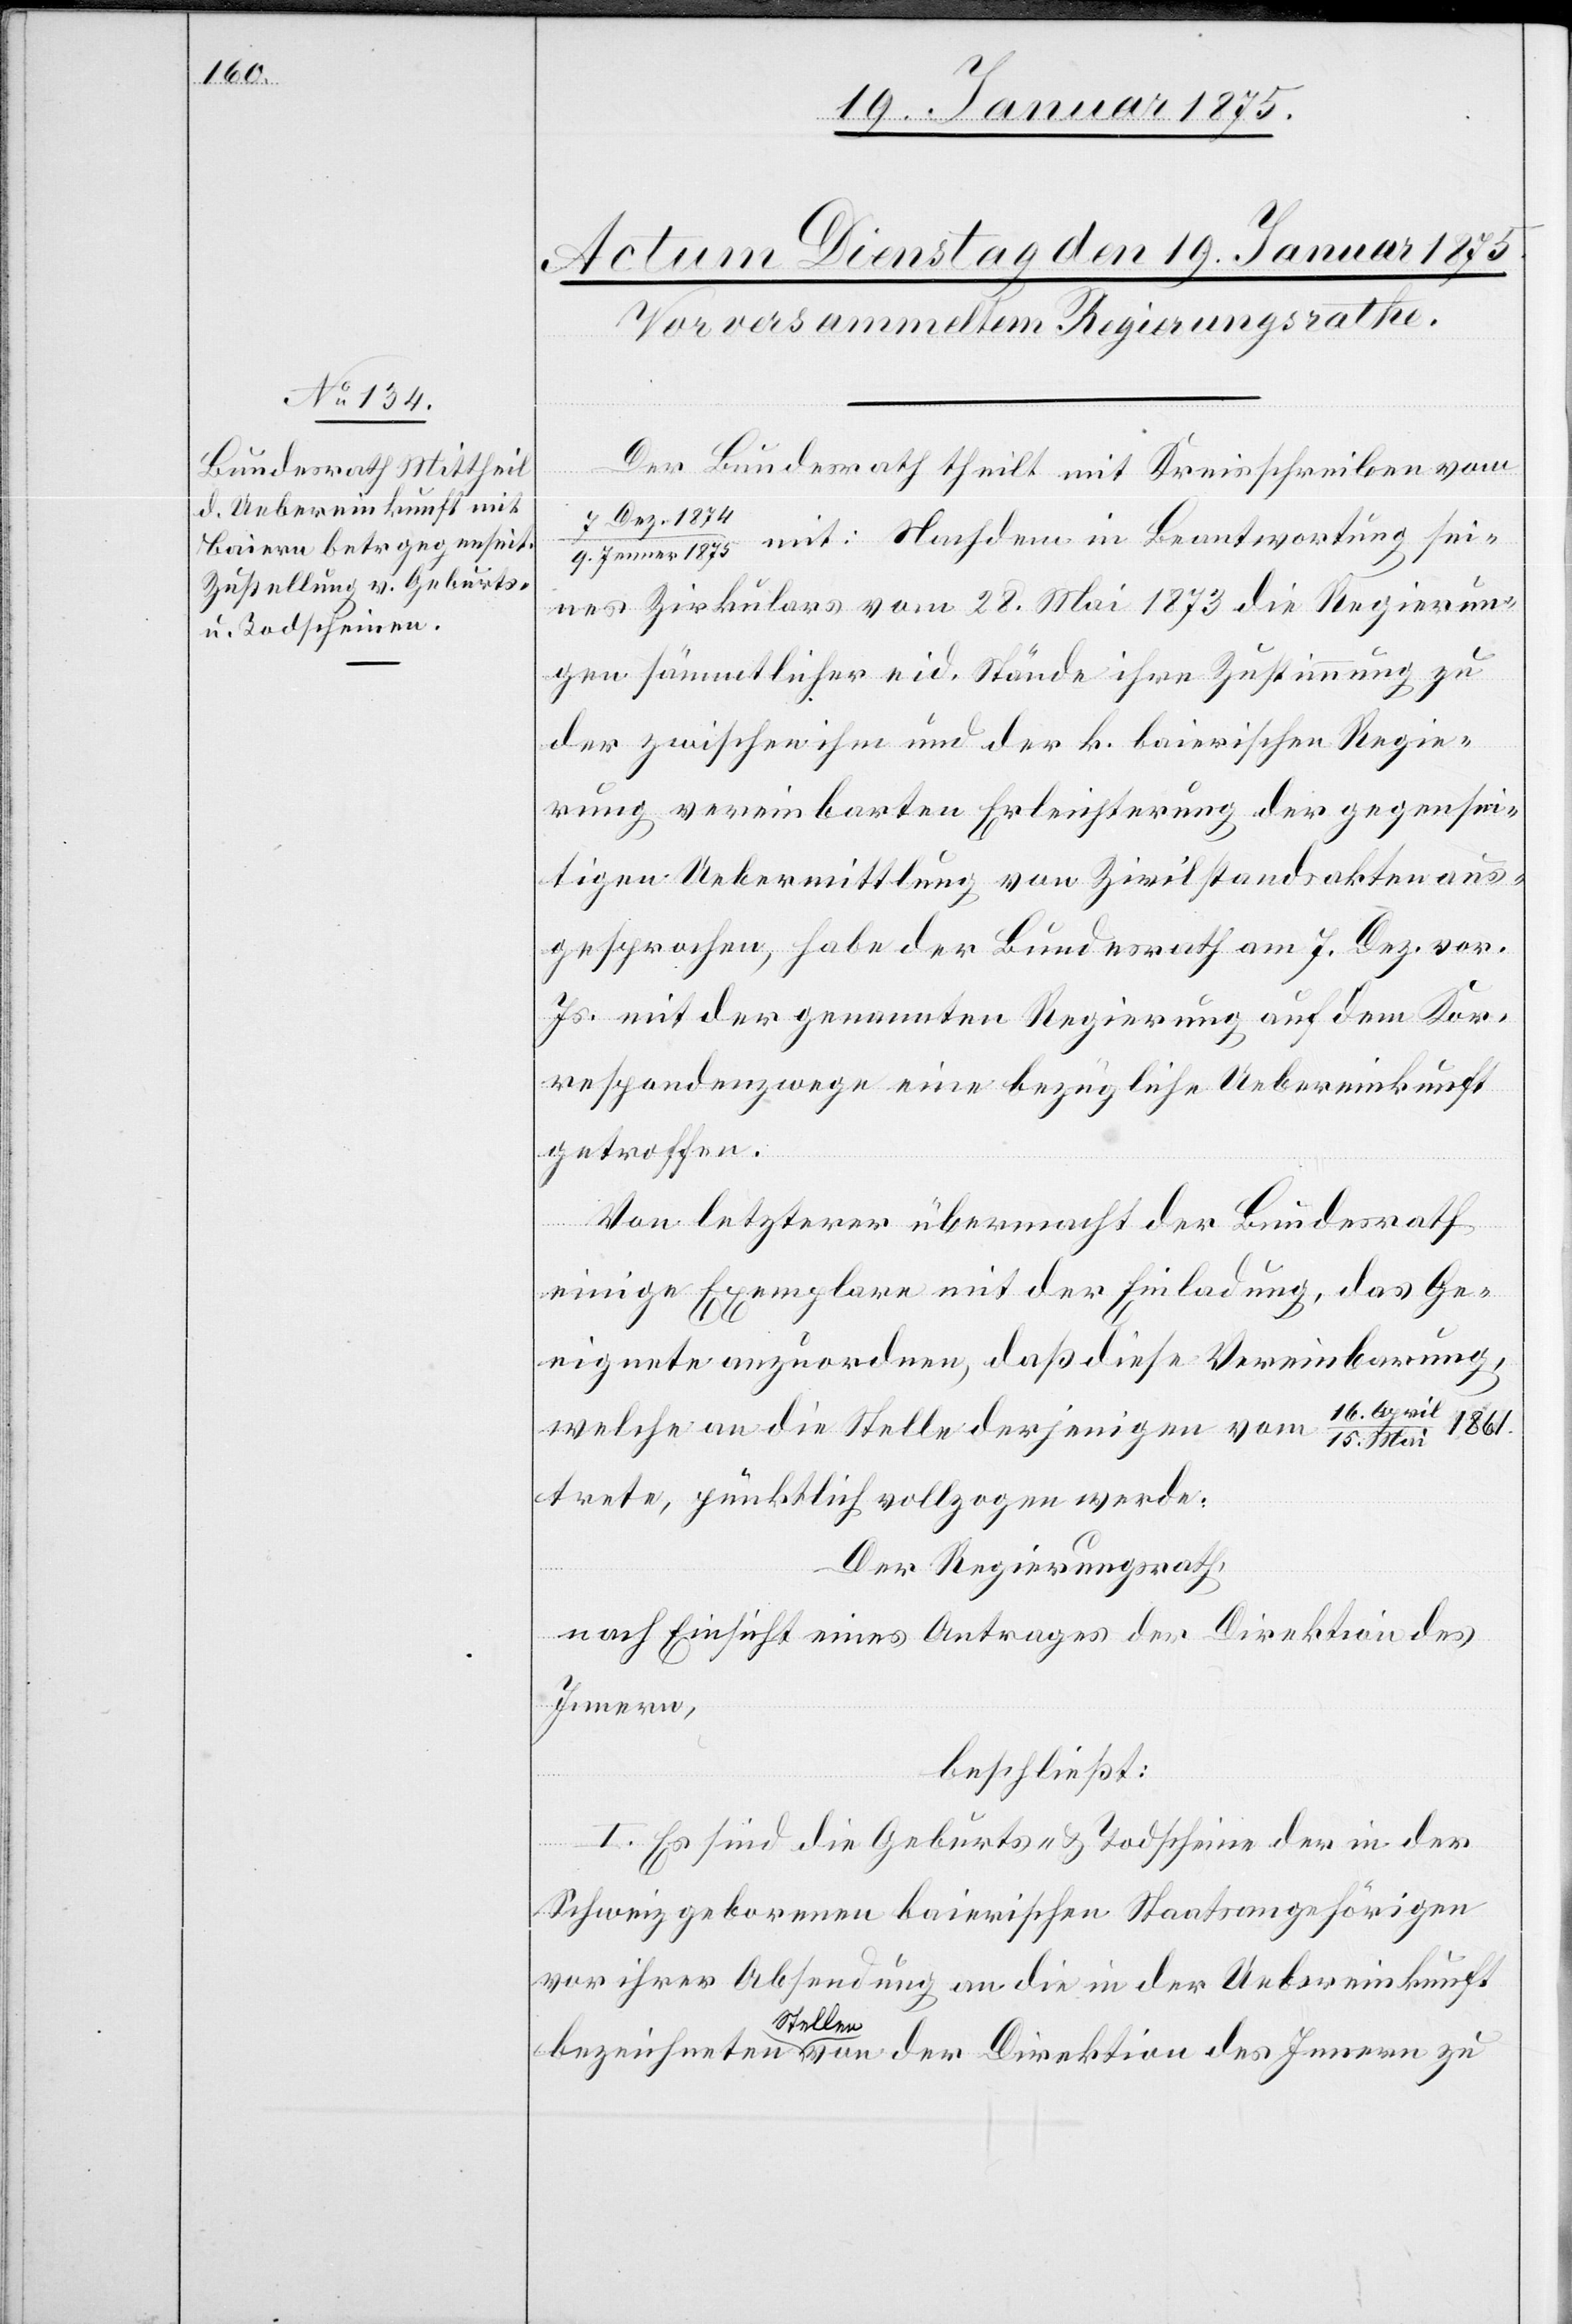
1861.

16.
Der Bundesrath theilt mit Kreisschreiben vom
7 Dez. 1874/9.
Jenner 1875 mit: Nachdem in Beantwortung sei¬
nes Zirkulars vom 28. Mai 1873 die Regierun¬
gen sämmtlicher eid. Stände ihre Zustimmung zu
der zwischen ihm und der k. baierischen Regie¬
rung vereinbarten Erleichterung der gegensei¬
tigen Uebermittlung von Zivilstandsakten aus¬
gesprochen, habe der Bundesrath am 7. Dez. vor.
Js. mit der genannten Regierung auf dem Kor¬
respondenzwege eine bezügliche Uebereinkunft
getroffen.
Von letzterer übermacht der Bundesrath
einige Exemplare mit der Einladung, das Ge¬
eignete anzuordnen, daß diese Vereinbarung,
welche an die Stelle derjenigen vom
trete, pünktlich vollzogen werde.
Der Regierungsrath,
nach Einsicht eines Antrages der Direktion des
Innern
beschließt:
I. Es sind die Geburts- u. Todscheine der in der
Schweiz geborenen baierischen Staatsangehörigen
vor ihrer Absendung an die in der Uebereinkunft